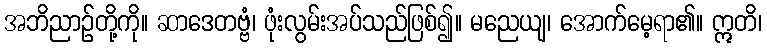
အဘိညာဉ်တို့ကို။ ဆာဒေတဗ္ဗံ၊ ဖုံးလွမ်းအပ်သည်ဖြစ်၍။ မညေယျ၊ အောက်မေ့ရာ၏။ ဣတိ၊